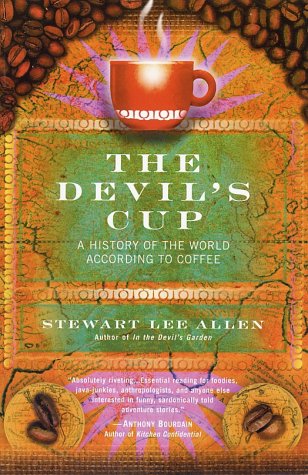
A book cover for The Devil's Cup: A History of the World According to Coffee; Stewart Lee Allen; Cookbooks, Food & Wine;